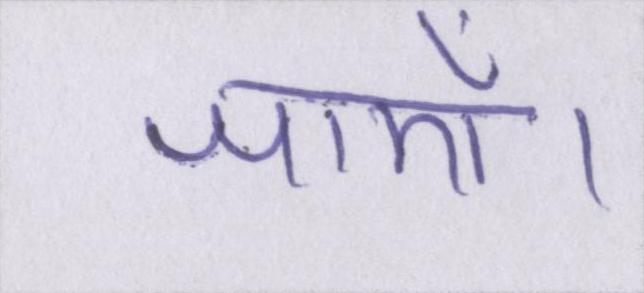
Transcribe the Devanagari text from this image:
जाएँ।